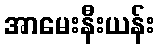
အာမေးနီးယန်း